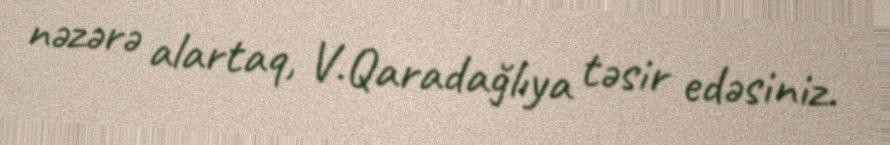
nəzərə alartaq, V.Qaradağlıya təsir edəsiniz.